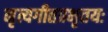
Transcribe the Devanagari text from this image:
नृत्यगीतप्रभृतयः